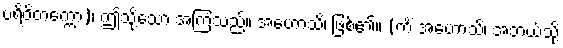
ပရိဝိတက္ကော)၊ ဤသို့သော အကြံသည်။ အဟောသိ၊ ဖြစ်၏။ (ကိံ အဟောသိ၊ အဘယ်သို့